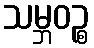
သမ္ဘဝဉ္စ